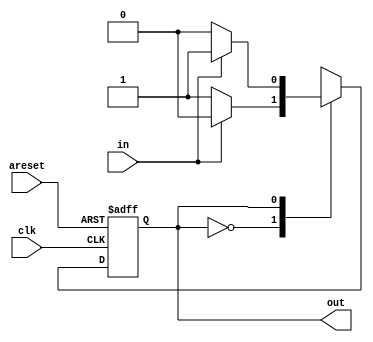
module top_module(
    input clk,
    input areset,    // Asynchronous reset to state B
    input in,
    output out);//  

    // state declaration
    parameter A=0, B=1; 
    reg state, next_state;

    // Synchronous reset
    always @(*) begin
        case (state)
            A: next_state = (in)? A:B;
            B: next_state = (in)? B:A;
        endcase
    end

    // state transition
    always @(posedge clk, posedge areset) begin
        if(areset) begin
            state <= B;
        end
        else begin
            state <= next_state;
        end
    end

    assign out = (state == B);

endmodule